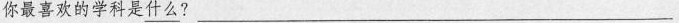
你最喜欢的学科是\underline{什么}?